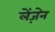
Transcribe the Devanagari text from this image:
लेंज़ेन